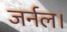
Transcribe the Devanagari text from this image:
जर्नल।